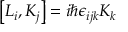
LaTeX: \left[ L _ { i } , K _ { j } \right] = i \hbar \epsilon _ { i j k } K _ { k }